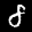
Label: 8